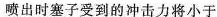
喷出时塞子受到的冲击力将小于